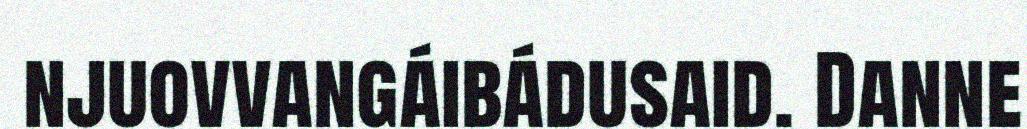
njuovvangáibádusaid. Danne